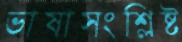
ভাষাসংশ্লিষ্ট